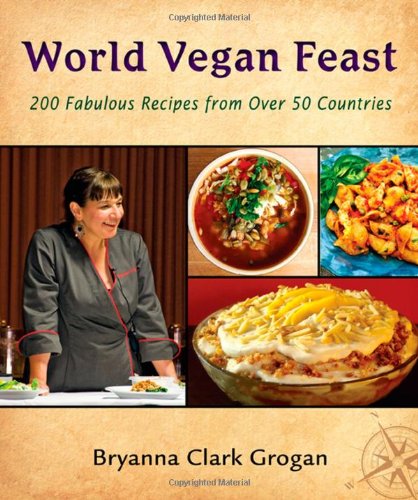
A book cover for World Vegan Feast: 200 Fabulous Recipes from Over 50 Countries; Bryanna Clark Grogan; Cookbooks, Food & Wine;